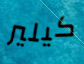
كيلير